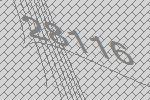
28116